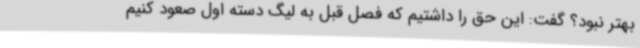
بهتر نبود؟ گفت: این حق را داشتیم که فصل قبل به لیگ دسته اول صعود کنیم